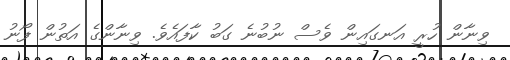
ވިނާން ހުރީ އަނގައިން ވެސް ނުބުނެ ގަބު ކާފައެވެ. ވިނާންގެ އަތުން ފޯނު